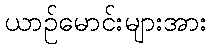
ယာဉ်မောင်းများအား